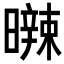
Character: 𣋩